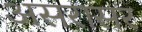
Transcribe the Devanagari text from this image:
असरासर